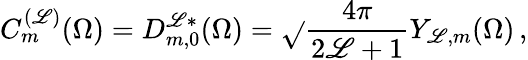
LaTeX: C_{m}^{(\mathscr{L})}(\Omega)=D_{m,0}^{\mathscr{L}*}(\Omega)=\sqrt{}{{\frac{{4\pi}}{{2\mathscr{L}+1}}}}Y_{\mathscr{L},m}(\Omega)\, ,